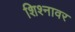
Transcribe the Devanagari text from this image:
शिश्नावर